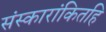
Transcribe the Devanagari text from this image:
संस्कारांकितहि